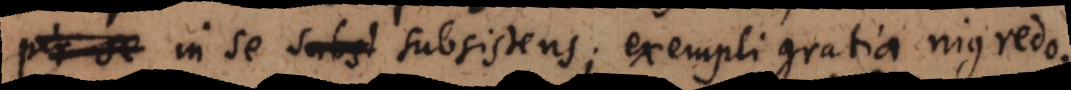
se in se subsistens; exempli gratia nigredo.